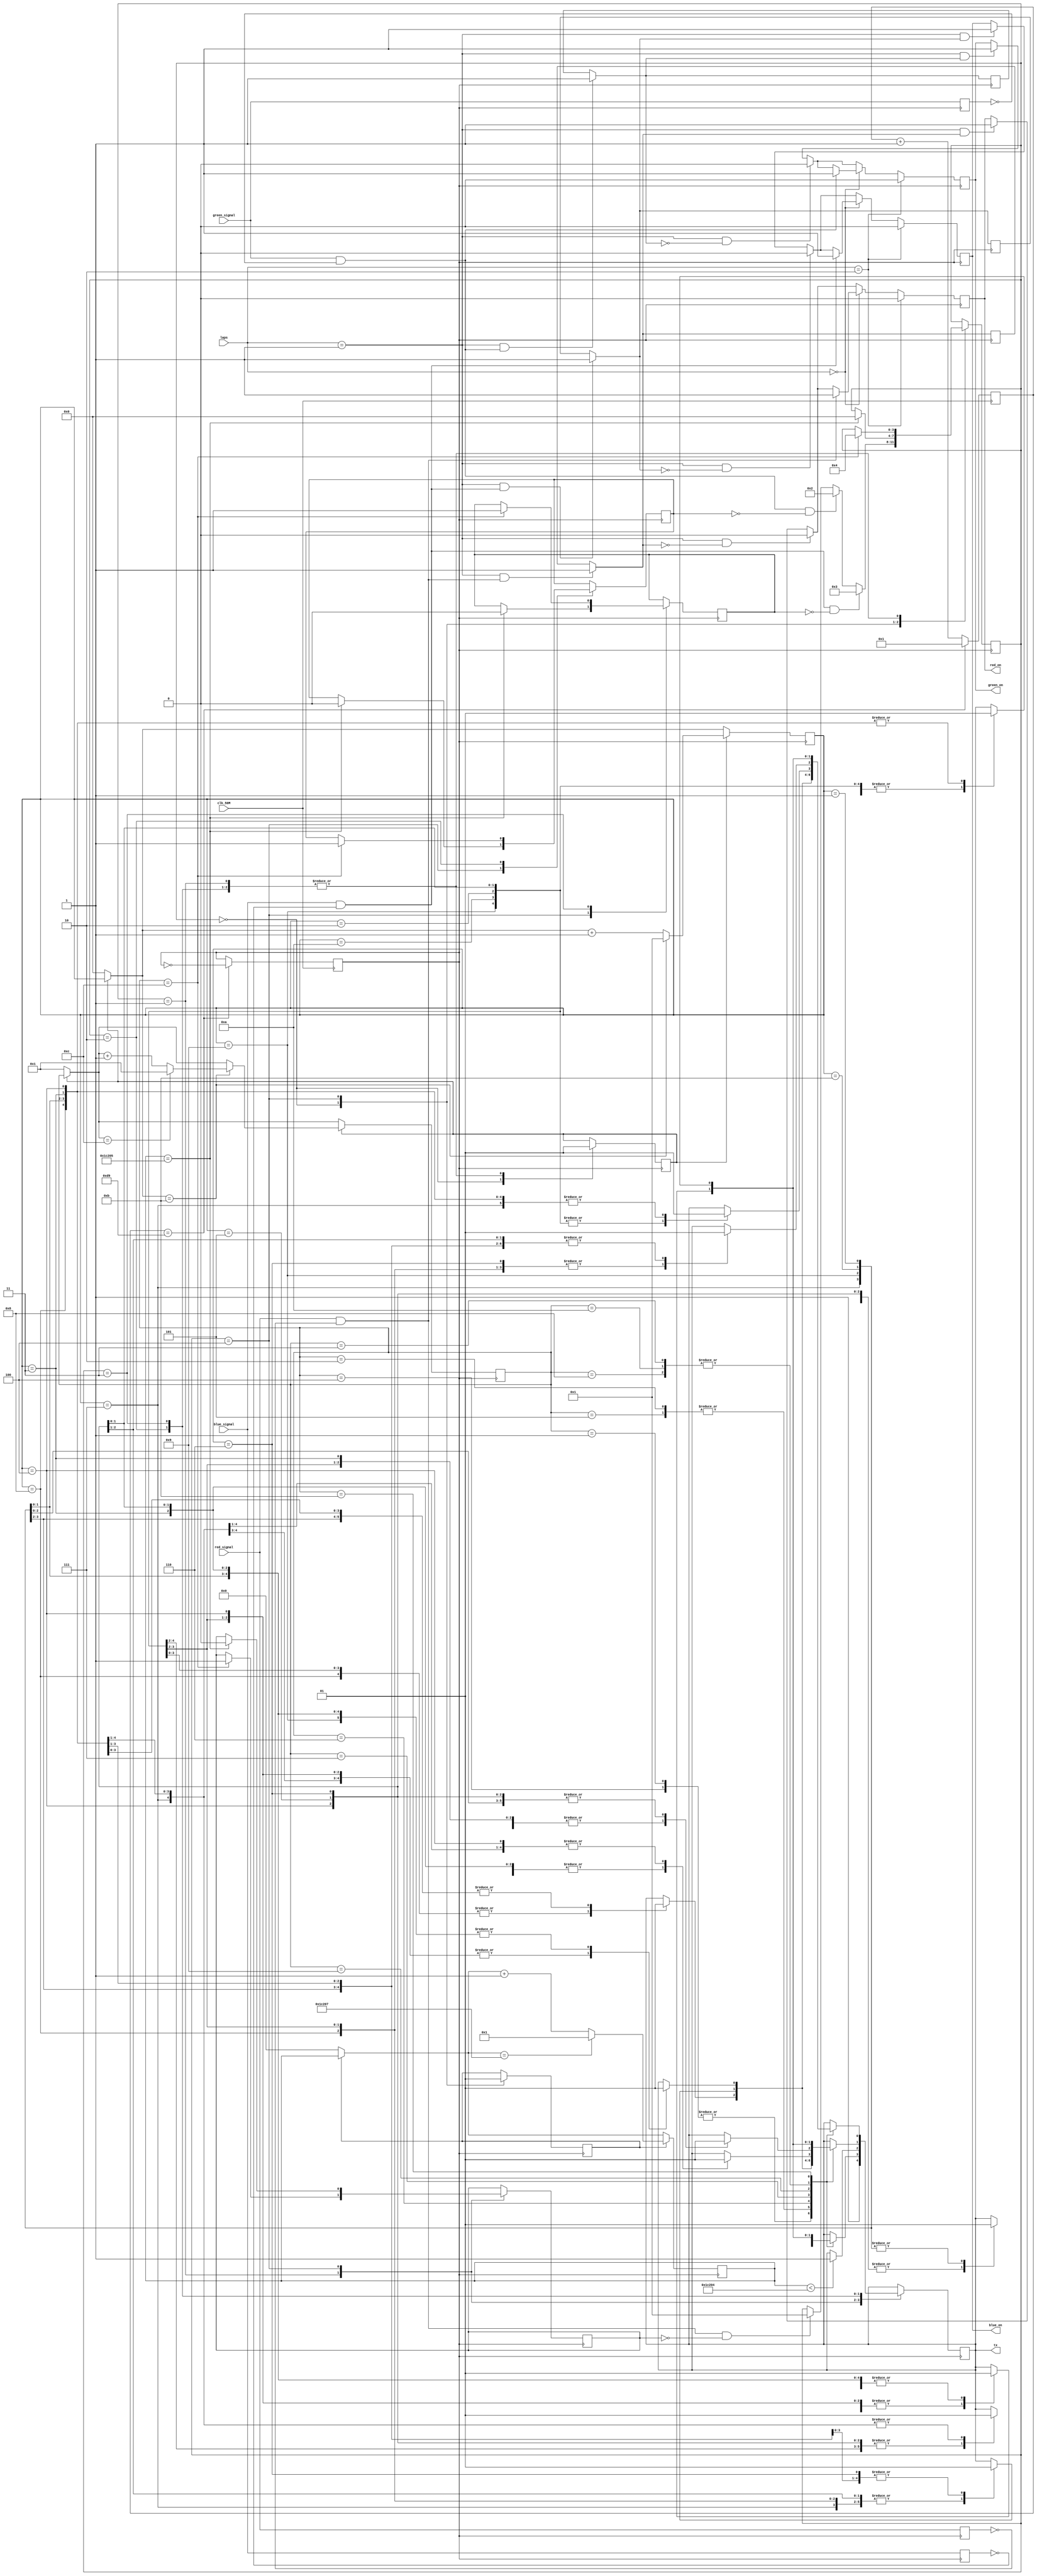
module SM2300_Task4_uart(
	input red_signal,blue_signal, green_signal,
	input clk_50M,
	input [1:0]laps,//50 MHz clock
	output tx,
	output reg red_on,green_on,blue_on  //UART transmit output
);
////////////////////////WRITE YOUR CODE FROM HERE////////////////////
reg start_bit=0;

reg [1:0] stop_bit= 2'b11;
reg [7:0] red_bit = 8'b01010011;  // "S"
reg [7:0] red_bit1 = 8'b01001001; // "I"
reg [7:0] red_bit2 = 8'b00101101; // "-"
reg [7:0] red_bit3 = 8'b01010011; // "S"
reg [7:0] red_bit4 = 8'b01001001;  // "I"
reg [7:0] red_bit5 = 8'b01001101; // "M"
reg [7:0] red_bit6 = 8'b00110001; // "1"
reg [7:0] red_bit7 = 8'b00101101;//  '-'
reg [7:0] red_bit8= 8'b01010000;  // "P"
reg [7:0] red_bit9 = 8'b00101101; // "-"
reg [7:0] red_bit10 = 8'b00100011; // "#"


reg [7:0] GREEN_bit = 8'b01010011;  // "S"
reg [7:0] GREEN_bit1 = 8'b01001001; // "I"
reg [7:0] GREEN_bit2 = 8'b00101101; // "-"
reg [7:0] GREEN_bit3 = 8'b01010011; // "S"
reg [7:0] GREEN_bit4 = 8'b01001001;  // "I"
reg [7:0] GREEN_bit5 = 8'b01001101; // "M"
reg [7:0] GREEN_bit6 = 8'b00110010; // "2"
reg [7:0] GREEN_bit7 = 8'b00101101;//  '-'
reg [7:0] GREEN_bit8= 8'b01001110;  // "N"
reg [7:0] GREEN_bit9 = 8'b00101101; // "-"
reg [7:0] GREEN_bit10 = 8'b00100011; // "#"

reg [7:0] BLUE_bit = 8'b01010011;  // "S"
reg [7:0] BLUE_bit1 = 8'b01001001; // "I"
reg [7:0] BLUE_bit2 = 8'b00101101; // "-"
reg [7:0] BLUE_bit3 = 8'b01010011; // "S"
reg [7:0] BLUE_bit4 = 8'b01001001;  // "I"
reg [7:0] BLUE_bit5 = 8'b01001101; // "M"
reg [7:0] BLUE_bit6 = 8'b00110011; // "3"
reg [7:0] BLUE_bit7 = 8'b00101101;//  '-'
reg [7:0] BLUE_bit8= 8'b01010111;  // "W"
reg [7:0] BLUE_bit9 = 8'b00101101; // "-"
reg [7:0] BLUE_bit10 = 8'b00100011; // "#"
reg idle =1;

// at transmitter side in uart , parallel to serial data conversion

reg [1:0] state =0 ;  

reg tx_out =1 ;
reg [4:0] frame =0;  // frame to diffentiate in sending signal i.e "SM00"...frame 0 to S,1 to M , so on

reg [8:0] clk_50M_count =0; // 434 (50M/ baud rate) clock counter 
reg clock=1;    // clock to keep track of one bit of data packet that how how it gonna stay 
reg [3:0] clock_count=0;





always @(posedge clk_50M)
begin


if(clk_50M_count==217)
    begin
    clock = ~clock;	 
    clk_50M_count=1;
	 end

else 
clk_50M_count = clk_50M_count + 1;

end


always @(posedge clock)
begin 
	if(start_frame==0)
		begin
		clock_count=0;
		frame=1;
		
		end
	if(start_frame==1)
		begin
			if(clock_count==11)
				begin
					if(frame==12) frame=1;
					else frame=frame+1;
				clock_count=1;
				end
			else
			clock_count = clock_count +1;
		end


end



reg delay_red =0;
wire red_edge;
always @(posedge clock)
	begin 
	delay_red <= red_signal; 
	end
	
assign red_edge = red_signal & (~delay_red);


reg delay_green =0;
wire green_edge;
always @(posedge clock)
	begin 
	delay_green <= green_signal; 
	end
	
assign green_edge = green_signal & (~delay_green);





reg delay_blue =0;
wire blue_edge;
always @(posedge clock)
	begin 
	delay_blue <= blue_signal; 
	end
	
assign blue_edge = blue_signal & (~delay_blue);


//always@(posedge clock)
//begin
//
//if(red_edge==1) red_on=1;
//if(laps==1) red_on=0
//
//
//
//
//end





parameter s0=3'b000,
			 s1=3'b001,
			 s2=3'b010,
			 s3=3'b011,
			 s4=3'b100;
			 


reg[3:0] curr=s0;
reg start_frame=0;

reg red_flag =0;
reg green_flag =0;
reg blue_flag =0;

always@(posedge clock)
begin
if(laps ==1 && red_edge ==1) red_flag=1;
if(laps ==1 && green_edge ==1) green_flag  =1;
if(laps ==1 && blue_edge ==1) blue_flag =1;

if(laps ==1 && red_flag==1) red_on =1;
if(laps ==1 && green_flag==1) green_on =1;
if(laps ==1 && blue_flag==1) blue_on =1;

if(laps ==1 && red_flag==0) red_on =0;
if(laps ==1 && green_flag==0) green_on =0;
if(laps ==1 && blue_flag==0) blue_on =0;
 
if(laps ==0)
		begin 
		  if(red_edge ==1) red_on =1;
		  if (green_edge ==1) green_on =1;
		  if (blue_edge ==1) blue_on =1;
		end
 
 if (laps ==2) begin 
    red_on =0;
	 blue_on =0;
	 green_on =0;
end


end



reg start_delay=0;
reg [20:0]clock_delay_count=0;

always @(posedge clock)
begin 
	
	if(start_delay==0) clock_delay_count=0;	
		
	if(start_delay==1)
		begin
			if(clock_delay_count==115207)
				begin
					
				clock_delay_count=1;
				end
			else
			clock_delay_count = clock_delay_count +1;
		end


end






reg red_message_flag=0;
reg green_message_flag=0;
reg blue_message_flag=0;

always @(posedge clock)
begin
case(curr)
	s0:begin
			start_delay=0;
			start_frame=0;
			tx_out=1;
			if(red_edge ==1 &&red_message_flag==0) curr<=s1;
			if(green_edge ==1&&green_message_flag==0) curr<=s2;
			if(blue_edge ==1&&blue_message_flag==0) curr<=s3;
			 
		end

	s1:begin
			start_frame=1;
			case(frame)

				1:
					case(clock_count)
						1:	tx_out= idle;
						2:	tx_out=start_bit;
						3: tx_out = red_bit[0];
						4: tx_out = red_bit[1];
						5: tx_out = red_bit[2];
						6: tx_out = red_bit[3];
						7: tx_out = red_bit[4];
						8: tx_out = red_bit[5];
						9: tx_out = red_bit[6];
						10: tx_out = red_bit[7];
						11: tx_out = stop_bit[0];
						
						
					endcase

				2:

					case(clock_count)
						1:	tx_out= idle;
						2:	tx_out=start_bit;
						3:tx_out = red_bit1[0];
						4: tx_out = red_bit1[1];
						5: tx_out = red_bit1[2];
						6: tx_out = red_bit1[3];
						7: tx_out = red_bit1[4];
						8: tx_out = red_bit1[5];
						9: tx_out = red_bit1[6];
						10: tx_out = red_bit1[7];
						11: tx_out = stop_bit[0];
						
						
					endcase

				3:

					case(clock_count)
					  1:	tx_out= idle;
						2:	tx_out=start_bit;
						3: tx_out = red_bit2[0];
						4: tx_out = red_bit2[1];
						5: tx_out = red_bit2[2];
						6: tx_out = red_bit2[3];
						7: tx_out = red_bit2[4];
						8: tx_out = red_bit2[5];
						9: tx_out = red_bit2[6];
						10: tx_out = red_bit2[7];
						11: tx_out = stop_bit[0];
						
						
					endcase
					
				4:

					case(clock_count)
					  1:	tx_out= idle;
						2:	tx_out=start_bit;
						3: tx_out = red_bit3[0];
						4: tx_out = red_bit3[1];
						5: tx_out = red_bit3[2];
						6: tx_out = red_bit3[3];
						7: tx_out = red_bit3[4];
						8: tx_out = red_bit3[5];
						9: tx_out = red_bit3[6];
						10: tx_out = red_bit3[7];
						11: tx_out = stop_bit[0];
						
						
					endcase
					
					
				5:

					case(clock_count)
					  1:	tx_out= idle;
						2:	tx_out=start_bit;
						3:tx_out = red_bit4[0];
						4: tx_out = red_bit4[1];
						5: tx_out = red_bit4[2];
						6: tx_out = red_bit4[3];
						7: tx_out = red_bit4[4];
						8: tx_out = red_bit4[5];
						9: tx_out = red_bit4[6];
						10: tx_out = red_bit4[7];
						11: tx_out = stop_bit[0];
						
						
					endcase


				6:
					case(clock_count)
						1:	tx_out= idle;
						2:	tx_out=start_bit;
						3:tx_out = red_bit5[0];
						4: tx_out = red_bit5[1];
						5: tx_out = red_bit5[2];
						6: tx_out = red_bit5[3];
						7: tx_out = red_bit5[4];
						8: tx_out = red_bit5[5];
						9: tx_out = red_bit5[6];
						10: tx_out = red_bit5[7];
						11: tx_out = stop_bit[0];
						
					endcase

				7:

					case(clock_count)
						1:	tx_out= idle;
						2:	tx_out=start_bit;
						3: tx_out = red_bit6[0];
						4: tx_out = red_bit6[1];
						5: tx_out = red_bit6[2];
						6: tx_out = red_bit6[3];
						7: tx_out = red_bit6[4];
						8: tx_out = red_bit6[5];
						9: tx_out = red_bit6[6];
						10: tx_out = red_bit6[7];
						11: tx_out = stop_bit[0];
						
						
						
					endcase

				8:

					case(clock_count)

						1:	tx_out= idle;
						2:	tx_out=start_bit;
						3: tx_out = red_bit7[0];
						4: tx_out = red_bit7[1];
						5: tx_out = red_bit7[2];
						6: tx_out = red_bit7[3];
						7: tx_out = red_bit7[4];
						8: tx_out = red_bit7[5];
						9: tx_out = red_bit7[6];
						10: tx_out = red_bit7[7];
						11: tx_out = stop_bit[0];
						
					endcase
					
				9:

					case(clock_count)

						1:	tx_out= idle;
						2:	tx_out=start_bit;
						3:tx_out = red_bit8[0];
						4: tx_out = red_bit8[1];
						5: tx_out = red_bit8[2];
						6: tx_out = red_bit8[3];
						7: tx_out = red_bit8[4];
						8: tx_out = red_bit8[5];
						9: tx_out = red_bit8[6];
						10: tx_out = red_bit8[7];
						11: tx_out = stop_bit[0];
						
					endcase
					
					
				10:

					case(clock_count)

						1:	tx_out= idle;
						2:	tx_out=start_bit;
						3:tx_out = red_bit9[0];
						4: tx_out = red_bit9[1];
						5: tx_out = red_bit9[2];
						6: tx_out = red_bit9[3];
						7: tx_out = red_bit9[4];
						8: tx_out = red_bit9[5];
						9: tx_out = red_bit9[6];
						10: tx_out = red_bit9[7];
						11: tx_out = stop_bit[0];
						
					endcase
					
				11:

					case(clock_count)

						1:	tx_out= idle;
						2:	tx_out=start_bit;
						3:tx_out = red_bit10[0];
						4: tx_out = red_bit10[1];
						5: tx_out = red_bit10[2];
						6: tx_out = red_bit10[3];
						7: tx_out = red_bit10[4];
						8: tx_out = red_bit10[5];
						9: tx_out = red_bit10[6];
						10: tx_out = red_bit10[7];
						11: tx_out = stop_bit[0];
						
					endcase
					
				12: begin
						
						red_message_flag=1;
						curr<=s4;
					 end
					
					
				endcase
				
		end
		
	s4:begin
			start_delay=1;
			if(clock_delay_count<115204) tx_out=1;
			if(clock_delay_count==115205) 
				begin 
					red_message_flag=0;
					green_message_flag=0;
					blue_message_flag=0;
					curr<=s0;
				end
	   end
						
	s2:begin
			start_frame=1;
			case(frame)

				1:
					case(clock_count)
						1:	tx_out= idle;
						2:	tx_out=start_bit;
						3: tx_out = GREEN_bit[0];
						4: tx_out = GREEN_bit[1];
						5: tx_out = GREEN_bit[2];
						6: tx_out = GREEN_bit[3];
						7: tx_out = GREEN_bit[4];
						8: tx_out = GREEN_bit[5];
						9: tx_out = GREEN_bit[6];
						10: tx_out = GREEN_bit[7];
						11: tx_out = stop_bit[0];
						
						
					endcase

				2:

					case(clock_count)
						1:	tx_out= idle;
						2:	tx_out=start_bit;
						3: tx_out = GREEN_bit1[0];
						4: tx_out = GREEN_bit1[1];
						5: tx_out = GREEN_bit1[2];
						6: tx_out = GREEN_bit1[3];
						7: tx_out = GREEN_bit1[4];
						8: tx_out = GREEN_bit1[5];
						9: tx_out = GREEN_bit1[6];
						10: tx_out = GREEN_bit1[7];
						11: tx_out = stop_bit[0];
						
						
					endcase

				3:

					case(clock_count)
					  1:	tx_out= idle;
						2:	tx_out=start_bit;
						3: tx_out = GREEN_bit2[0];
						4: tx_out = GREEN_bit2[1];
						5: tx_out = GREEN_bit2[2];
						6: tx_out = GREEN_bit2[3];
						7: tx_out = GREEN_bit2[4];
						8: tx_out = GREEN_bit2[5];
						9: tx_out = GREEN_bit2[6];
						10: tx_out = GREEN_bit2[7];
						11: tx_out = stop_bit[0];
						
						
					endcase
					
				4:

					case(clock_count)
					  1:	tx_out= idle;
						2:	tx_out=start_bit;
						3: tx_out = GREEN_bit3[0];
						4: tx_out = GREEN_bit3[1];
						5: tx_out = GREEN_bit3[2];
						6: tx_out = GREEN_bit3[3];
						7: tx_out = GREEN_bit3[4];
						8: tx_out = GREEN_bit3[5];
						9: tx_out = GREEN_bit3[6];
						10: tx_out = GREEN_bit3[7];
						11: tx_out = stop_bit[0];
						
						
					endcase
					
					
				5:

					case(clock_count)
					  1:	tx_out= idle;
						2:	tx_out=start_bit;
						3: tx_out = GREEN_bit4[0];
						4: tx_out = GREEN_bit4[1];
						5: tx_out = GREEN_bit4[2];
						6: tx_out = GREEN_bit4[3];
						7: tx_out = GREEN_bit4[4];
						8: tx_out = GREEN_bit4[5];
						9: tx_out = GREEN_bit4[6];
						10: tx_out = GREEN_bit4[7];
						11: tx_out = stop_bit[0];
						
						
					endcase


				6:
					case(clock_count)
						1:	tx_out= idle;
						2:	tx_out=start_bit;
						3: tx_out = GREEN_bit5[0];
						4: tx_out = GREEN_bit5[1];
						5: tx_out = GREEN_bit5[2];
						6: tx_out = GREEN_bit5[3];
						7: tx_out = GREEN_bit5[4];
						8: tx_out = GREEN_bit5[5];
						9: tx_out = GREEN_bit5[6];
						10: tx_out = GREEN_bit5[7];
						11: tx_out = stop_bit[0];
						
					endcase

				7:

					case(clock_count)
						1:	tx_out= idle;
						2:	tx_out=start_bit;
						3: tx_out = GREEN_bit6[0];
						4: tx_out = GREEN_bit6[1];
						5: tx_out = GREEN_bit6[2];
						6: tx_out = GREEN_bit6[3];
						7: tx_out = GREEN_bit6[4];
						8: tx_out = GREEN_bit6[5];
						9: tx_out = GREEN_bit6[6];
						10: tx_out = GREEN_bit6[7];
						11: tx_out = stop_bit[0];
						
						
						
					endcase

				8:

					case(clock_count)

						1:	tx_out= idle;
						2:	tx_out=start_bit;
						3: tx_out = GREEN_bit7[0];
						4: tx_out = GREEN_bit7[1];
						5: tx_out = GREEN_bit7[2];
						6: tx_out = GREEN_bit7[3];
						7: tx_out = GREEN_bit7[4];
						8: tx_out = GREEN_bit7[5];
						9: tx_out = GREEN_bit7[6];
						10: tx_out = GREEN_bit7[7];
						11: tx_out = stop_bit[0];
						
					endcase
					
				9:

					case(clock_count)

						1:	tx_out= idle;
						2:	tx_out=start_bit;
						3: tx_out = GREEN_bit8[0];
						4: tx_out = GREEN_bit8[1];
						5: tx_out = GREEN_bit8[2];
						6: tx_out = GREEN_bit8[3];
						7: tx_out = GREEN_bit8[4];
						8: tx_out = GREEN_bit8[5];
						9: tx_out = GREEN_bit8[6];
						10: tx_out = GREEN_bit8[7];
						11: tx_out = stop_bit[0];
						
					endcase
					
					
				10:

					case(clock_count)

						1:	tx_out= idle;
						2:	tx_out=start_bit;
						3: tx_out = GREEN_bit9[0];
						4: tx_out = GREEN_bit9[1];
						5: tx_out = GREEN_bit9[2];
						6: tx_out = GREEN_bit9[3];
						7: tx_out = GREEN_bit9[4];
						8: tx_out = GREEN_bit9[5];
						9: tx_out = GREEN_bit9[6];
						10: tx_out = GREEN_bit9[7];
						11: tx_out = stop_bit[0];
						
					endcase
					
				11:

					case(clock_count)

						1:	tx_out= idle;
						2:	tx_out=start_bit;
						3: tx_out = GREEN_bit10[0];
						4: tx_out = GREEN_bit10[1];
						5: tx_out = GREEN_bit10[2];
						6: tx_out = GREEN_bit10[3];
						7: tx_out = GREEN_bit10[4];
						8: tx_out = GREEN_bit10[5];
						9: tx_out = GREEN_bit10[6];
						10: tx_out = GREEN_bit10[7];
						11: tx_out = stop_bit[0];
						
					endcase
					
				12:begin
						green_message_flag=1;
						curr<=s4;
					end
					
					
				endcase
				
		end					
			
				
s3:begin
			start_frame=1;
			case(frame)

				1:
					case(clock_count)
						1:	tx_out= idle;
						2:	tx_out=start_bit;
						3:tx_out = BLUE_bit[0];
						4: tx_out = BLUE_bit[1];
						5: tx_out = BLUE_bit[2];
						6: tx_out = BLUE_bit[3];
						7: tx_out = BLUE_bit[4];
						8: tx_out = BLUE_bit[5];
						9: tx_out = BLUE_bit[6];
						10: tx_out = BLUE_bit[7];
						11: tx_out = stop_bit[0];
						
					endcase

				2:

					case(clock_count)
						1:	tx_out= idle;
						2:	tx_out=start_bit;
						3:tx_out = BLUE_bit1[0];
						4: tx_out = BLUE_bit1[1];
						5: tx_out = BLUE_bit1[2];
						6: tx_out = BLUE_bit1[3];
						7: tx_out = BLUE_bit1[4];
						8: tx_out = BLUE_bit1[5];
						9: tx_out = BLUE_bit1[6];
						10: tx_out = BLUE_bit1[7];
						11: tx_out = stop_bit[0];
						
						
					endcase

				3:

					case(clock_count)
					  1:	tx_out= idle;
						2:	tx_out=start_bit;
						3:tx_out = BLUE_bit2[0];
						4: tx_out = BLUE_bit2[1];
						5: tx_out = BLUE_bit2[2];
						6: tx_out = BLUE_bit2[3];
						7: tx_out = BLUE_bit2[4];
						8: tx_out = BLUE_bit2[5];
						9: tx_out = BLUE_bit2[6];
						10: tx_out = BLUE_bit2[7];
						11: tx_out = stop_bit[0];
						
						
					endcase
					
				4:

					case(clock_count)
					  1:	tx_out= idle;
						2:	tx_out=start_bit;
						3:tx_out = BLUE_bit3[0];
						4: tx_out = BLUE_bit3[1];
						5: tx_out = BLUE_bit3[2];
						6: tx_out = BLUE_bit3[3];
						7: tx_out = BLUE_bit3[4];
						8: tx_out = BLUE_bit3[5];
						9: tx_out = BLUE_bit3[6];
						10: tx_out = BLUE_bit3[7];
						11: tx_out = stop_bit[0];
						
						
					endcase
					
					
				5:

					case(clock_count)
					  1:	tx_out= idle;
						2:	tx_out=start_bit;
						3:tx_out = BLUE_bit4[0];
						4: tx_out = BLUE_bit4[1];
						5: tx_out = BLUE_bit4[2];
						6: tx_out = BLUE_bit4[3];
						7: tx_out = BLUE_bit4[4];
						8: tx_out = BLUE_bit4[5];
						9: tx_out = BLUE_bit4[6];
						10: tx_out = BLUE_bit4[7];
						11: tx_out = stop_bit[0];
						
						
					endcase


				6:
					case(clock_count)
						1:	tx_out= idle;
						2:	tx_out=start_bit;
						3:tx_out = BLUE_bit5[0];
						4: tx_out = BLUE_bit5[1];
						5: tx_out = BLUE_bit5[2];
						6: tx_out = BLUE_bit5[3];
						7: tx_out = BLUE_bit5[4];
						8: tx_out = BLUE_bit5[5];
						9: tx_out = BLUE_bit5[6];
						10: tx_out = BLUE_bit5[7];
						11: tx_out = stop_bit[0];
						
					endcase

				7:

					case(clock_count)
						1:	tx_out= idle;
						2:	tx_out=start_bit;
						3:tx_out = BLUE_bit6[0];
						4: tx_out = BLUE_bit6[1];
						5: tx_out = BLUE_bit6[2];
						6: tx_out = BLUE_bit6[3];
						7: tx_out = BLUE_bit6[4];
						8: tx_out = BLUE_bit6[5];
						9: tx_out = BLUE_bit6[6];
						10: tx_out = BLUE_bit6[7];
						11: tx_out = stop_bit[0];
						
						
						
					endcase

				8:

					case(clock_count)

						1:	tx_out= idle;
						2:	tx_out=start_bit;
						3:tx_out = BLUE_bit7[0];
						4: tx_out = BLUE_bit7[1];
						5: tx_out = BLUE_bit7[2];
						6: tx_out = BLUE_bit7[3];
						7: tx_out = BLUE_bit7[4];
						8: tx_out = BLUE_bit7[5];
						9: tx_out = BLUE_bit7[6];
						10: tx_out = BLUE_bit7[7];
						11: tx_out = stop_bit[0];
						
					endcase
					
				9:

					case(clock_count)

						1:	tx_out= idle;
						2:	tx_out=start_bit;
						3:tx_out = BLUE_bit8[0];
						4: tx_out = BLUE_bit8[1];
						5: tx_out = BLUE_bit8[2];
						6: tx_out = BLUE_bit8[3];
						7: tx_out = BLUE_bit8[4];
						8: tx_out = BLUE_bit8[5];
						9: tx_out = BLUE_bit8[6];
						10: tx_out = BLUE_bit8[7];
						11: tx_out = stop_bit[0];
						
					endcase
					
					
				10:

					case(clock_count)

						1:	tx_out= idle;
						2:	tx_out=start_bit;
						3:tx_out = BLUE_bit9[0];
						4: tx_out = BLUE_bit9[1];
						5: tx_out = BLUE_bit9[2];
						6: tx_out = BLUE_bit9[3];
						7: tx_out = BLUE_bit9[4];
						8: tx_out = BLUE_bit9[5];
						9: tx_out = BLUE_bit9[6];
						10: tx_out = BLUE_bit9[7];
						11: tx_out = stop_bit[0];
						
					endcase
					
				11:

					case(clock_count)

						1:	tx_out= idle;
						2:	tx_out=start_bit;
						3:tx_out = BLUE_bit10[0];
						4: tx_out = BLUE_bit10[1];
						5: tx_out = BLUE_bit10[2];
						6: tx_out = BLUE_bit10[3];
						7: tx_out = BLUE_bit10[4];
						8: tx_out = BLUE_bit10[5];
						9: tx_out = BLUE_bit10[6];
						10: tx_out = BLUE_bit10[7];
						11: tx_out = stop_bit[0];
						
					endcase
							
				12:begin
						blue_message_flag=1;
						curr<=s4;
					end
					
					
				endcase
				
		end					
							
endcase
					
end
assign tx = tx_out;

////////////////////////YOUR CODE ENDS HERE//////////////////////////
endmodule